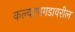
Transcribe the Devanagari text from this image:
कल्याणगडावरील